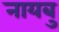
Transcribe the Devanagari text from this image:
नायबु